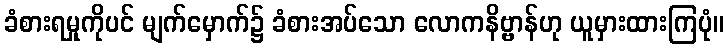
ခံစားရမှုကိုပင် မျက်မှောက်၌ ခံစားအပ်သော လောကနိဗ္ဗာန်ဟု ယူမှားထားကြပုံ။